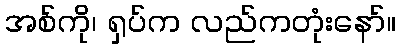
အစ်ကို၊ ရှပ်က လည်ကတုံးနော်။